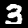
Digit: 3